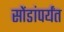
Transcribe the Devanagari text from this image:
सोंडांपर्यंत